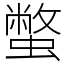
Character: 蟞